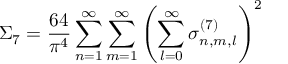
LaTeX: \Sigma _ { 7 } = \frac { 6 4 } { \pi ^ { 4 } } \sum _ { n = 1 } ^ { \infty } \sum _ { m = 1 } ^ { \infty } \left( \sum _ { l = 0 } ^ { \infty } \sigma _ { n , m , l } ^ { ( 7 ) } \right) ^ { 2 }